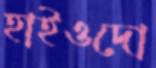
হাইওদো